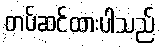
တပ်ဆင်ထားပါသည်